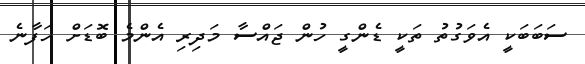
ސަބަބަކީ އެވަގުތު ތަކީ ޑެންގީ ހުން ޖައްސާ މަދިރި އެންމެ ބޮޑަށް ހަފާނެ